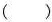
( )